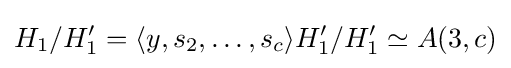
H_{1}/H_{1}'=\langle y,s_{2},\ldots ,s_{c}\rangle H_{1}'/H_{1}'\simeq A(3,c)